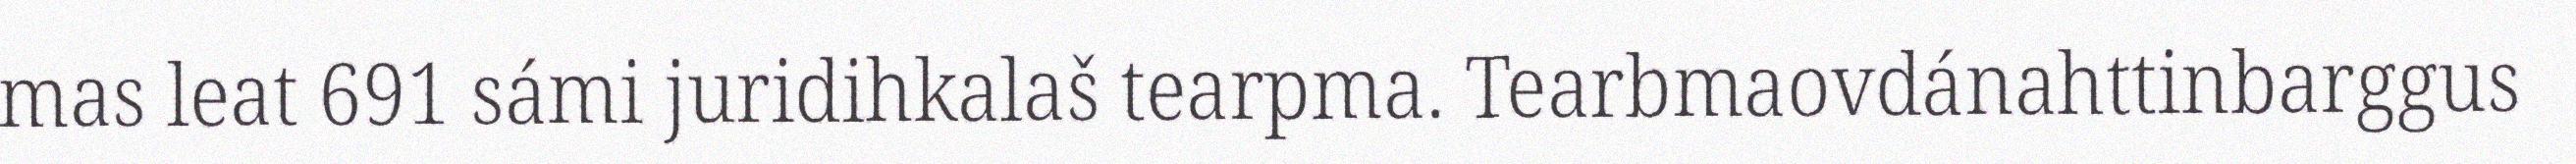
mas leat 691 sámi juridihkalaš tearpma. Tearbmaovdánahttinbarggus